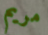
مريم